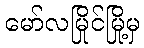
မော်လမြိုင်မြို့မှ